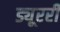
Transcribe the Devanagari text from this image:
ड्यूररी